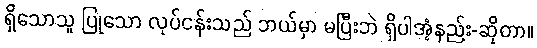
ရှိသောသူ ပြုသော လုပ်ငန်းသည် ဘယ်မှာ မပြီးဘဲ ရှိပါအံ့နည်း-ဆိုတာ။